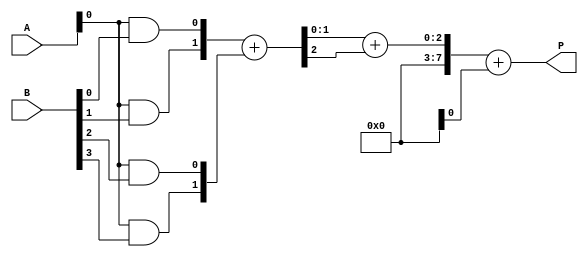
module async_wallace_tree_multiplier #(parameter A_WIDTH = 4, B_WIDTH = 4, PRODUCT_WIDTH = A_WIDTH + B_WIDTH) (
    input wire [A_WIDTH-1:0] A,
    input wire [B_WIDTH-1:0] B,
    output reg [PRODUCT_WIDTH-1:0] P
);

// Partial product generation
wire [A_WIDTH * B_WIDTH - 1:0] partial_products;
genvar i, j;
generate
    for (i = 0; i < A_WIDTH; i = i + 1) begin : pp_gen
        for (j = 0; j < B_WIDTH; j = j + 1) begin : pp_gen_inner
            assign partial_products[i * B_WIDTH + j] = A[i] & B[j];
        end
    end
endgenerate

// Wallace Tree Reduction
// Define the number of levels in the Wallace tree
localparam LEVELS = 2; // For a 4x4 multiplier, adjust according to widths

wire [PRODUCT_WIDTH-1:0] level_out[LEVELS:0];
wire [LEVELS:0] carry;

// Initial level output is the partial products
assign level_out[0] = partial_products;

// Asynchronous reduction logic
generate
    for (i = 0; i < LEVELS; i = i + 1) begin : wallace_reduction
        // Half adders and full adders for reduction
        // This is a simplified representation; actual implementation will vary
        // Further levels can be constructed similarly
        if (i == 0) begin
            // First level reduction: using half adders and full adders
            assign {carry[i], level_out[i+1]} = level_out[i][1:0] + level_out[i][3:2]; // Example for 4 inputs
        end else if (i == 1) begin
            // Second level reduction
            assign {carry[i], level_out[i+1]} = level_out[i][1:0] + level_out[i][3:2]; // Example for 4 inputs
        end
    end
endgenerate

// Final stage summation (can be a simple adder for the final stage)
always @* begin
    // Combine the final outputs
    P = level_out[LEVELS] + carry[LEVELS];
end

endmodule